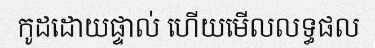
កូដដោយផ្ទាល់ ហើយមើលលទ្ធផល